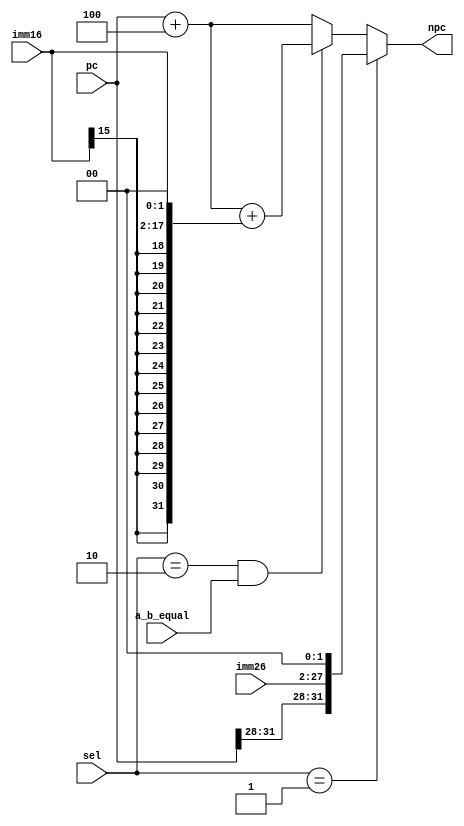
module npc_logic(
    input [31:0] pc,
    input [15:0] imm16,
    input [25:0] imm26,
    input [1:0] sel,
    input a_b_equal,
    output [31:0] npc
);

wire op_beq;
wire op_jmp;
wire op_seq;
wire [31:0] jmp_target;
wire [31:0] beq_target;
wire [31:0] seq_pc;

//seq=00, jmp=01, beq=10
assign op_seq = (sel == 2'b00);
assign op_jmp = (sel == 2'b01);
assign op_beq = (sel == 2'b10);

assign seq_pc = pc + 3'b100;
assign beq_target = pc + 3'b100 + {{14{imm16[15]}}, imm16, 2'b00};
assign jmp_target = {{pc[31:28]}, imm26, 2'b00};


assign npc = op_jmp             ? jmp_target :
             op_beq & a_b_equal ? beq_target : 
             seq_pc;

endmodule